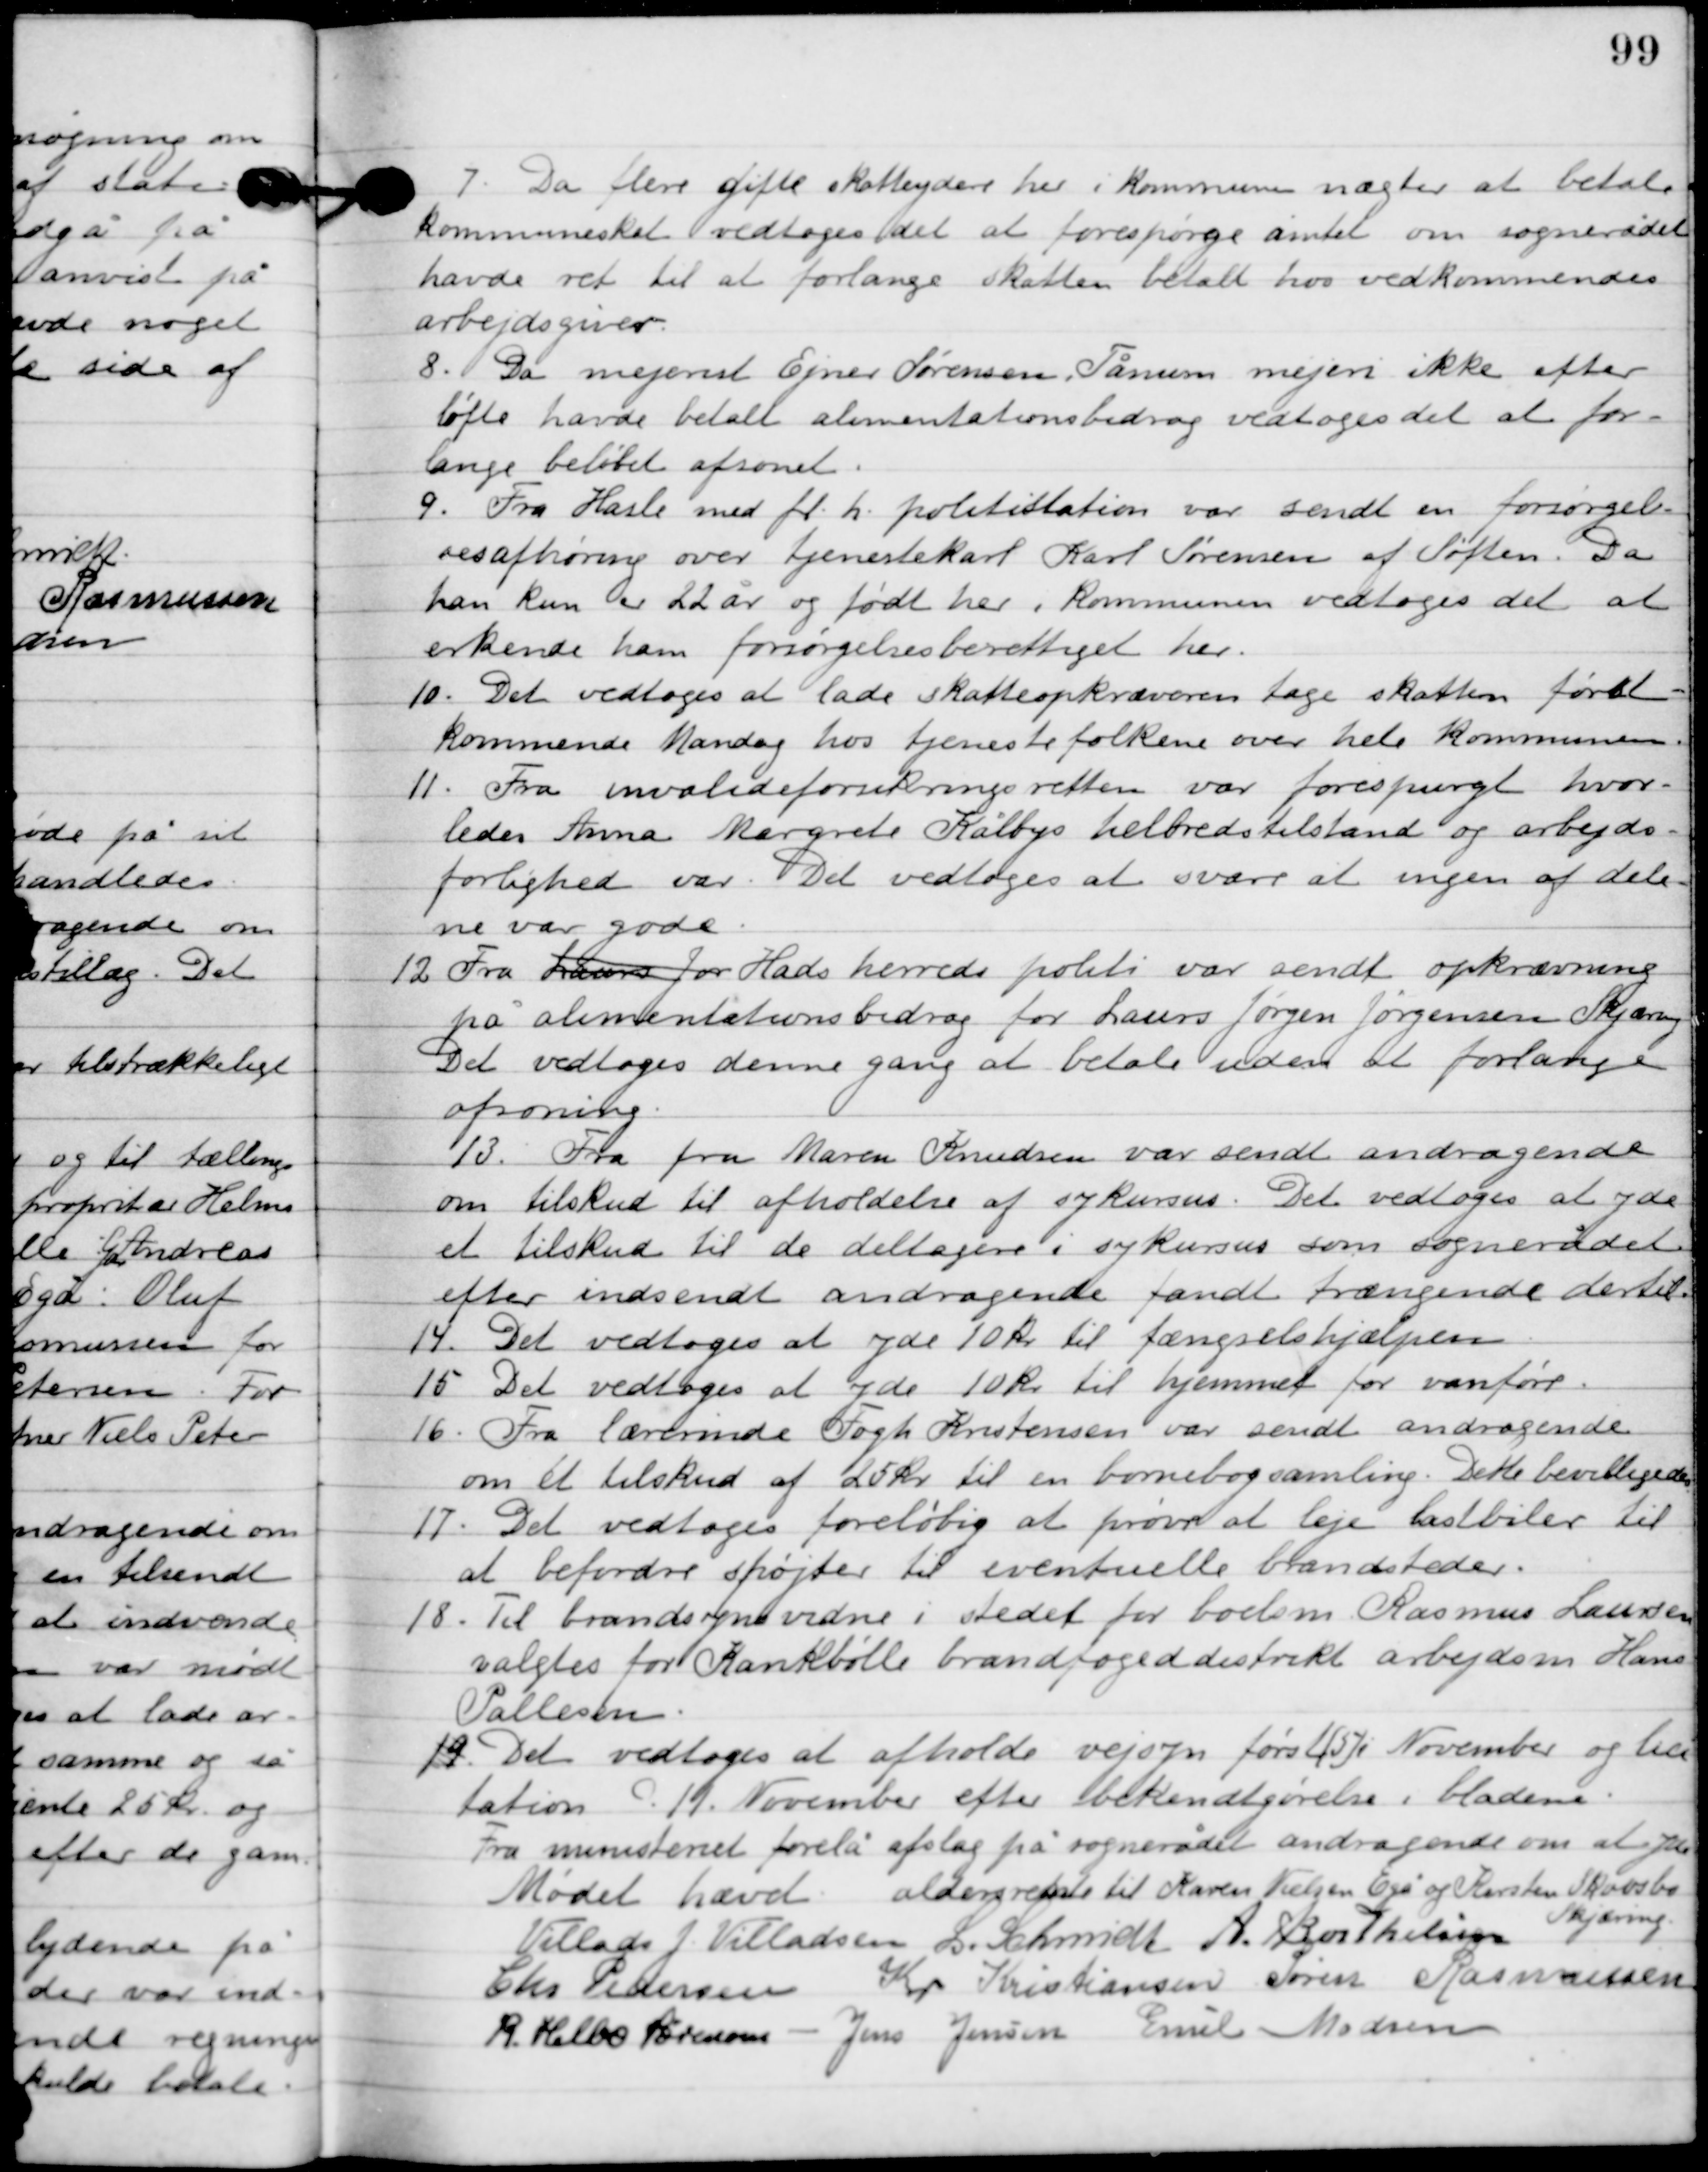
Transskription:
7

Da flere gifte skatteydere her i kommunen nægter at betale
kommuneskat vedtoges det at forespørge amtet om sognerådet
havde ret til at forlange skatten betalt hos vedkommende
arbejdsgiver.

8

Da mejerist Ejner Sørensen Tånum mejeri ikke efter
løfte have betalt alimentationsbidrag vedtoges det at for-
lange beløbet afsonet.

9

Fra Hasle med fl. h. politistation var sendt en forsørgel-
sesafhøring over tjenestekarl Karl Sørensen af Søften. Da
han kun er 22 år og født her i kommunen vedtoges det at
erkende ham forsørgelsesberettiget her.

10

Det vedtoges at lade skatteopkræveren tage skatten først-
kommende mandag hos tjenestefolkene over hele kommunen.

11

Fra invalideforsikringsretten var forespurgt hvor-
ledes Anna Margrete Kålbys helbredstilstand og arbejds-
førlighed var. Det vedtoges at svare at ingen af dele-
ne var gode.

12.

Fra Laurs Jor Hads herreds politi var sendt opkrævning 
på alimentationsbidrag for Laurs Jørgen Jørgensen, Skjæring. 
Det vedtoges denne gang at betale uden at forlange 
afsoning.

13

Fra fru Maren Knudsen var sendt andragende
om tilskud til afholdelse fa sykursus. Det vedtoges at yde
et tilskud til de deltagende i sykursus som sognerådet
efter indsendt andragende fandt trængende dertil.

14

Det vedtoges at yde 10 kr. til fængselshjælpen.

15

Det vedtoges at yde 10 kr. til hjemmet for vandføre.

16

Fra lærerinde Fogh Kristensen var sendt andragne
om et tilskud af 25 kr. til en børnebogsamling. Dette bevilligedes.

17

Det vedtoges foreløbig at prøve at leje lastbiler til
at befordre sprøjter til eventuelle brandsteder.

18

Til brandsynsvidne i stedet for boelsm. Rasmus Laursen
valgtes for Krankbølle brandfogeddistrikt arbejdsm. Hans
Pallesen.
19
Det vedtoges at afholde vejsyn først (5) i November og lici-
tation D. 11. november efter bekendtgørelse i bladene.
Fra ministeriet forelå afslag på sognerådet andragende om at yde
aldersrente til Karen Nielsen Egå og Kirsten Skovbo, Skjæring.

Mødet hævet.

Villads J. Villadsen
I. Schmidt
A. Berthelsen
Chr. Pedersen
Kr. Kristiansen
Søren Rasmussen
R. Helbo Sørensen
Jens Jensen
Emil Madsen